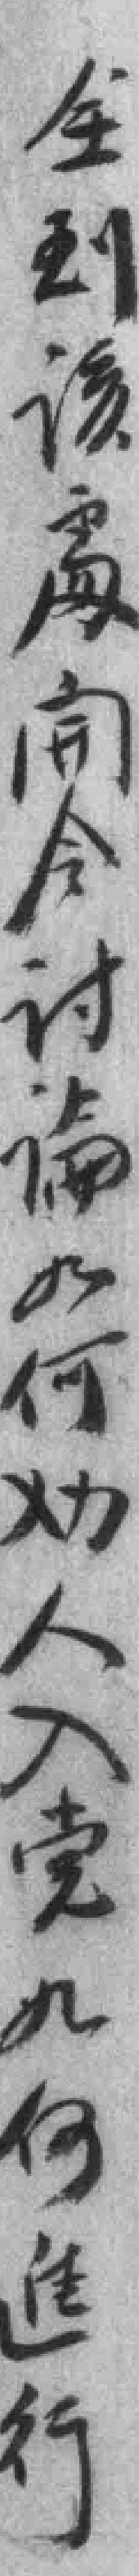
全到该處𫔭会讨論如何劝人入党如何進行